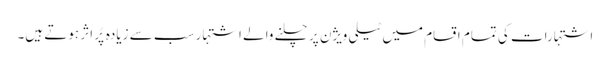
اشتہارات کی تمام اقسام میں ٹیلی ویژن پر چلنے والے اشتہار سب سے زیادہ پُر اثر ہوتے ہیں۔